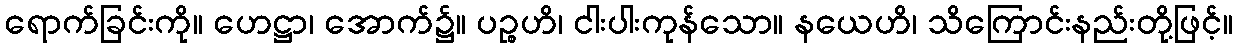
ရောက်ခြင်းကို။ ဟေဋ္ဌာ၊ အောက်၌။ ပဉ္စဟိ၊ ငါးပါးကုန်သော။ နယေဟိ၊ သိကြောင်းနည်းတို့ဖြင့်။